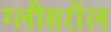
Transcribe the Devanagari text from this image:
ग्लीसरॉल